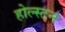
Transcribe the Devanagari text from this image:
होल्स्टन